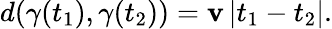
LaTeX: d(\gamma(t_{1}),\gamma(t_{2}))=\mathbf{v}\left|t_{1}-t_{2}\right|.